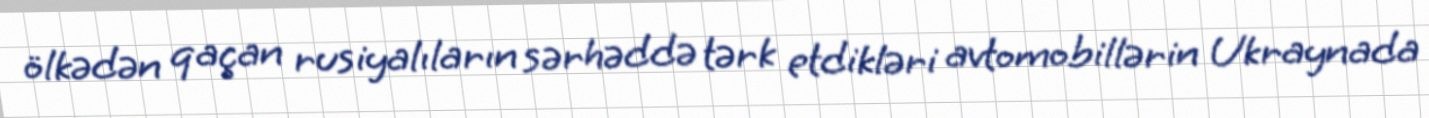
ölkədən qaçan rusiyalıların sərhəddə tərk etdikləri avtomobillərin Ukraynada